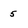
Character: 5